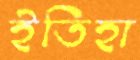
ইতিহা